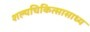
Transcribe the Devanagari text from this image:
शल्यचिकित्सासाध्य